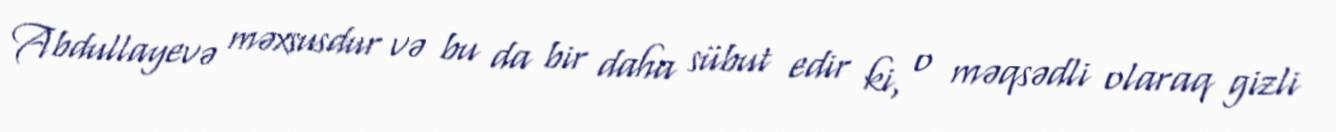
Abdullayevə məxsusdur və bu da bir daha sübut edir ki, o məqsədli olaraq gizli